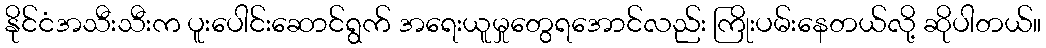
နိုင်ငံအသီးသီးက ပူးပေါင်းဆောင်ရွက် အရေးယူမှုတွေရအောင်လည်း ကြိုးပမ်းနေတယ်လို့ ဆိုပါတယ်။